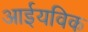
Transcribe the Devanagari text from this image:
आईयविक